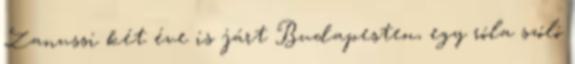
Zanussi két éve is járt Budapesten, egy róla szóló